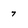
Character: 7